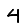
Digit: 4